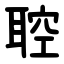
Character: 聜